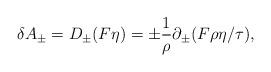
LaTeX: \begin{align*}\delta A_\pm = D_\pm (F\eta) = \pm {1\over\rho}\partial_\pm ( F \rho\eta / \tau),\end{align*}